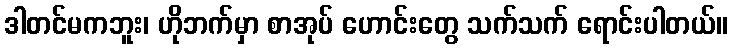
ဒါတင်မကဘူး၊ ဟိုဘက်မှာ စာအုပ် ဟောင်းတွေ သက်သက် ရောင်းပါတယ်။